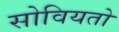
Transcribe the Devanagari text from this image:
सोवियतो